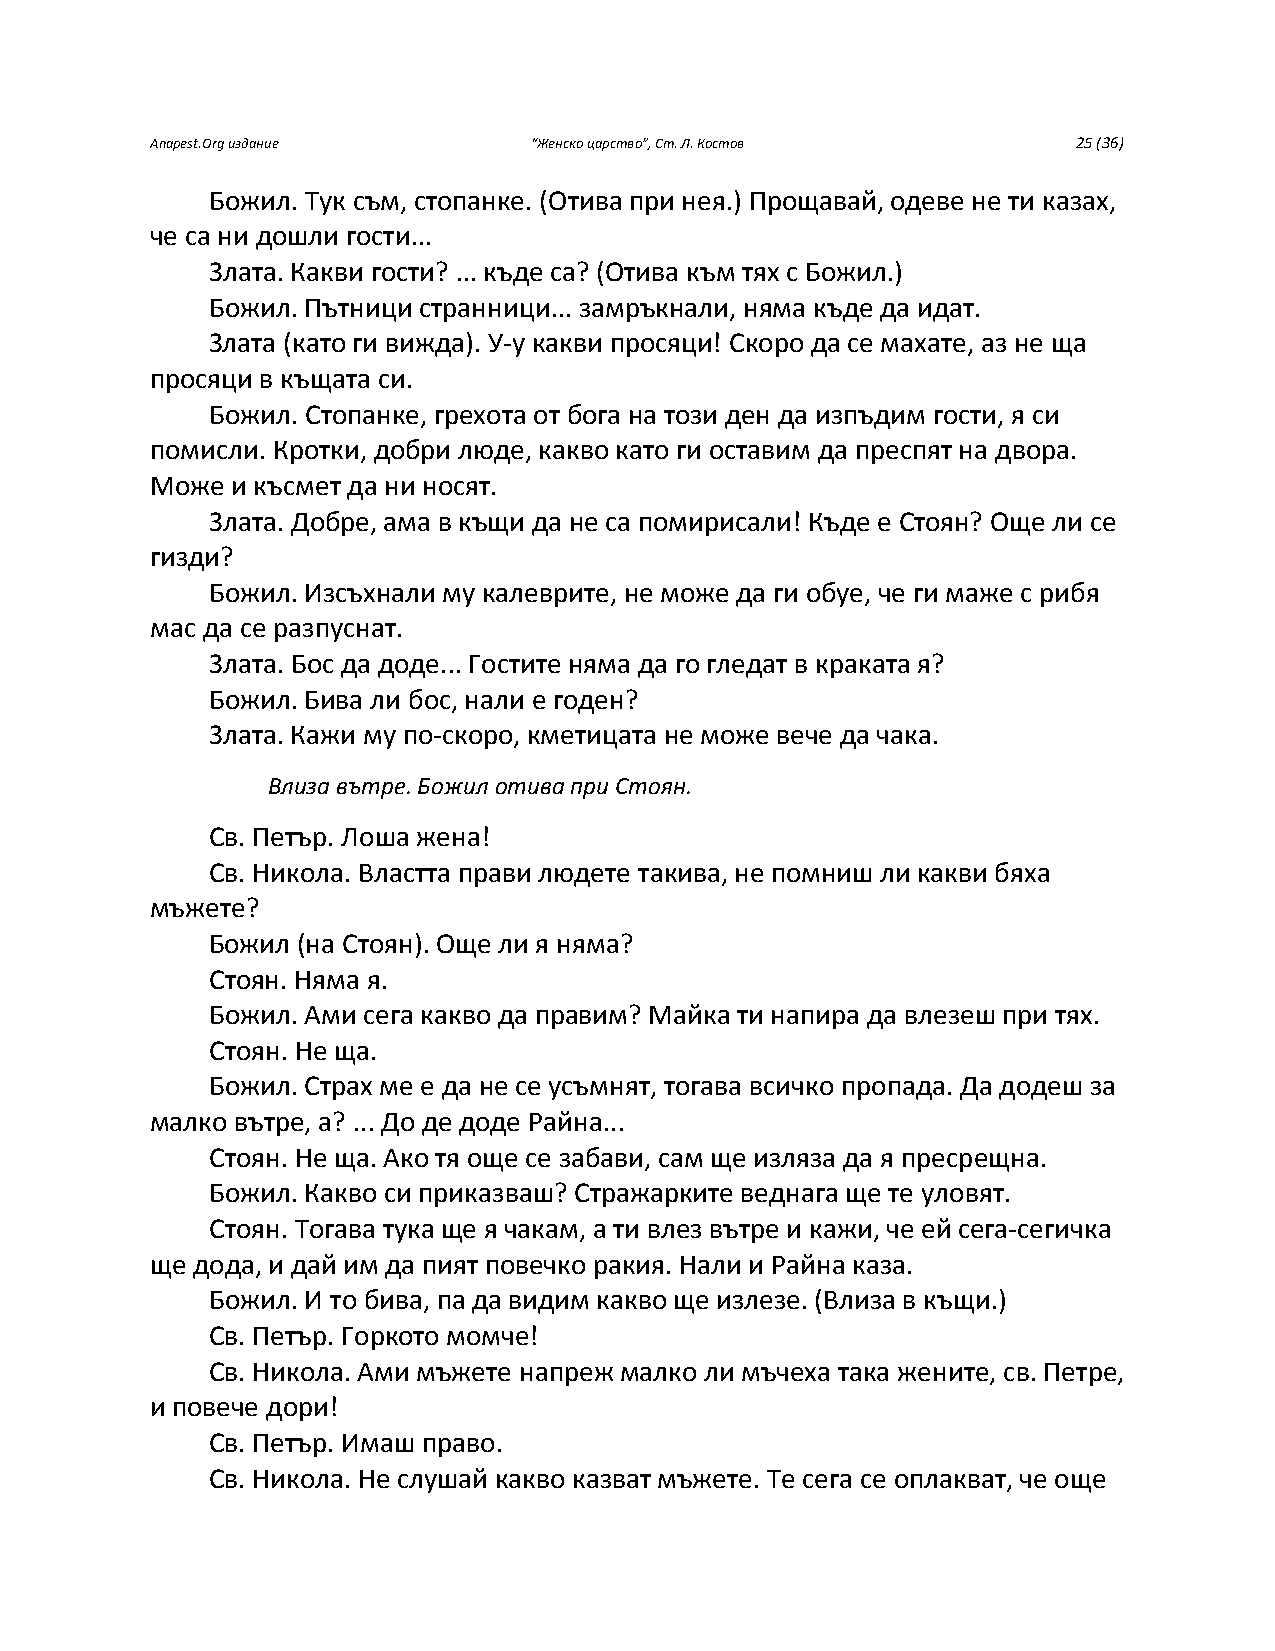
Anapest.Org издание      “Женско царство”, Ст. Л. Костов     25 (36)
 Божил. Тук съм, стопанке. (Отива при нея.) Прощавай, одеве не ти казах,
 че са ни дошли гости...
 Злата. Какви гости? ... къде са? (Отива към тях с Божил.)
 Божил. Пътници странници... замръкнали, няма къде да идат.
 Злата (като ги вижда). У-у какви просяци! Скоро да се махате, аз не ща
 просяци в къщата си.
 Божил. Стопанке, грехота от бога на този ден да изпъдим гости, я си
 помисли. Кротки, добри люде, какво като ги оставим да преспят на двора.
 Може и късмет да ни носят.
 Злата. Добре, ама в къщи да не са помирисали! Къде е Стоян? Още ли се
 гизди?
 Божил. Изсъхнали му калеврите, не може да ги обуе, че ги маже с рибя
 мас да се разпуснат.
 Злата. Бос да доде... Гостите няма да го гледат в краката я?
 Божил. Бива ли бос, нали е годен?
 Злата. Кажи му по-скоро, кметицата не може вече да чака.
 Влиза вътре. Божил отива при Стоян.
 Св. Петър. Лоша жена!
 Св. Никола. Властта прави людете такива, не помниш ли какви бяха
 мъжете?
 Божил (на Стоян). Още ли я няма?
 Стоян. Няма я.
 Божил. Ами сега какво да правим? Майка ти напира да влезеш при тях.
 Стоян. Не ща.
 Божил. Страх ме е да не се усъмнят, тогава всичко пропада. Да додеш за
 малко вътре, а? ... До де доде Райна...
 Стоян. Не ща. Ако тя още се забави, сам ще изляза да я пресрещна.
 Божил. Какво си приказваш? Стражарките веднага ще те уловят.
 Стоян. Тогава тука ще я чакам, а ти влез вътре и кажи, че ей сега-сегичка
 ще дода, и дай им да пият повечко ракия. Нали и Райна каза.
 Божил. И то бива, па да видим какво ще излезе. (Влиза в къщи.)
 Св. Петър. Горкото момче!
 Св. Никола. Ами мъжете напреж малко ли мъчеха така жените, св. Петре,
 и повече дори!
 Св. Петър. Имаш право.
 Св. Никола. Не слушай какво казват мъжете. Те сега се оплакват, че още